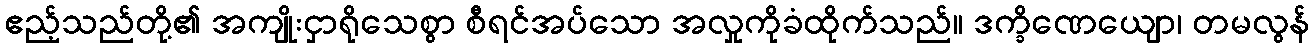
ဧည့်သည်တို့၏ အကျိုးငှာရိုသေစွာ စီရင်အပ်သော အလှုကိုခံထိုက်သည်။ ဒက္ခိဏေယျော၊ တမလွန်